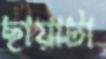
ছায়াটা